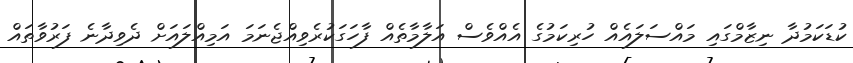
ކުޑަކަމުދާ ނިޒާމްގައި މައްސަލައެއް ހުރިކަމުގެ އެއްވެސް އަލާމާތެއް ފާހަގަކުރެވިއްޖެނަމަ އަމިއްލައަށް ދެވިދާނެ ފަރުވާތައް